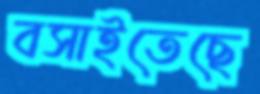
বসাইতেছে